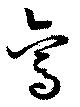
焉